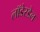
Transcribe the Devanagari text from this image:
लॉडेरडेल